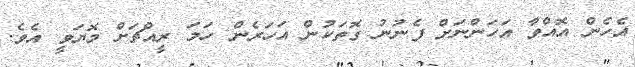
އެހެން އޮއްވާ އަހަންނަށް ފެނުނު ގޮތަކުން އަހަރެން ހަމަ ރީއްޗަށް މޮޔަވީ އެވެ.